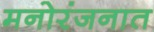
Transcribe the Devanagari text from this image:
मनोरंजनात